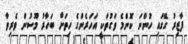
ފާޒިރު ގޭގައި ހުންނަ ކޮންމެ ވަގުތަކީ އަހަރެންގެ ހިތަށް ބަހާރު މޫސުން ވެރިވާ